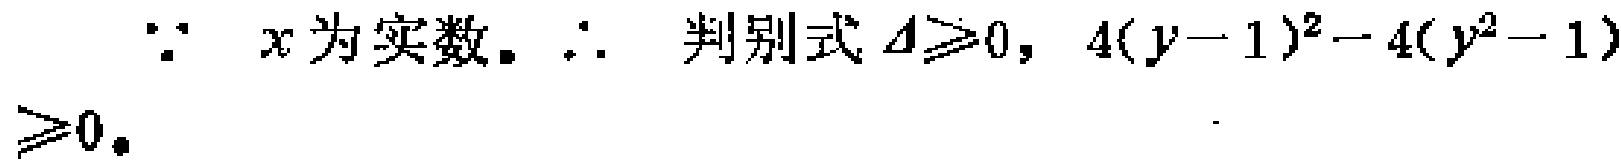
\(\because x\text{ 为实数。}\therefore\text{ 判别式 }\Delta\geqslant0,\ 4(y - 1)^2 - 4(y^2 - 1)\geqslant0.\)